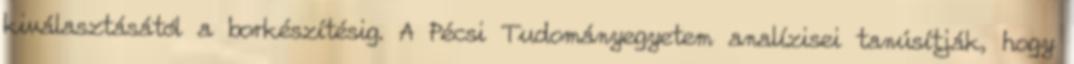
kiválasztásától a borkészítésig. A Pécsi Tudományegyetem analízisei tanúsítják, hogy